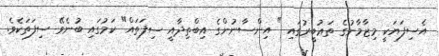
އެސިފަޔަކީ މިޒާމާނުގެ ތަޢުބީރުގައި " އިންސާނުންގެ އިބްތިދާއީ ސިފަތައް" ކަމުގައި ބުނެވޭ ސިފަތަކެވެ.